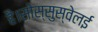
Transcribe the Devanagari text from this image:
है।सोस्सुस्वेलई